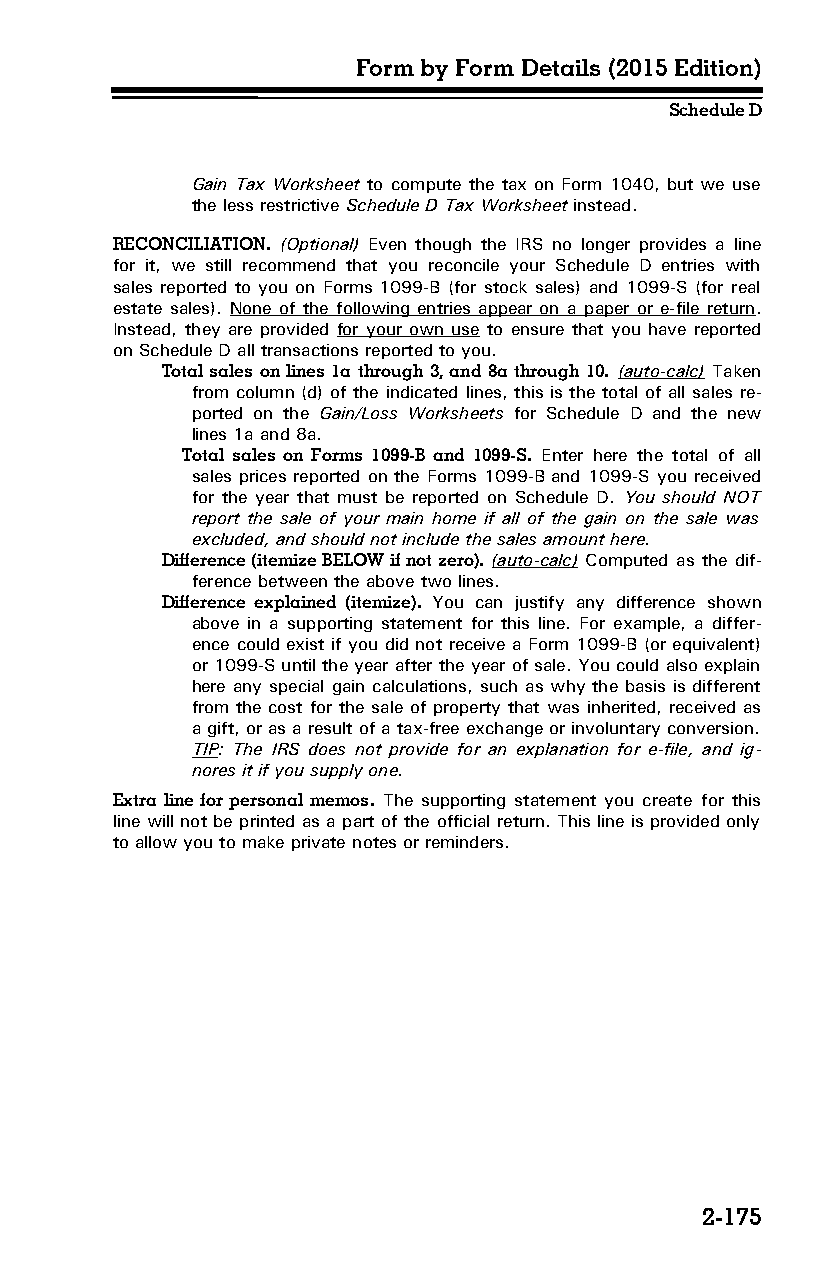
Form by Form Details (2015 Edition)
 Schedule D
 Gain Tax Worksheet to compute the tax on Form 1040, but we use
 the less restrictive Schedule D Tax Worksheet instead.
 RECONCILIATION. (Optional) Even though the IRS no longer provides a line
 for it, we still recommend that you reconcile your Schedule D entries with
 sales reported to you on Forms 1099-B (for stock sales) and 1099-S (for real
 estate sales). None of the following entries appear on a paper or e-file return.
 Instead, they are provided for your own use to ensure that you have reported
 on Schedule D all transactions reported to you.
 Total sales on lines 1a through 3, and 8a through 10. (auto-calc) Taken
 from column (d) of the indicated lines, this is the total of all sales re­
 ported on the Gain/Loss Worksheets for Schedule D and the new
 lines 1a and 8a.
 Total sales on Forms 1099-B and 1099-S. Enter here the total of all
 sales prices reported on the Forms 1099-B and 1099-S you received
 for the year that must be reported on Schedule D. You should NOT
 report the sale of your main home if all of the gain on the sale was
 excluded, and should not include the sales amount here.
 Difference (itemize BELOW if not zero). (auto-calc) Computed as the dif­
 ference between the above two lines.
 Difference explained (itemize). You can justify any difference shown
 above in a supporting statement for this line. For example, a differ­
 ence could exist if you did not receive a Form 1099-B (or equivalent)
 or 1099-S until the year after the year of sale. You could also explain
 here any special gain calculations, such as why the basis is different
 from the cost for the sale of property that was inherited, received as
 a gift, or as a result of a tax-free exchange or involuntary conversion.
 TIP: The IRS does not provide for an explanation for e-file, and ig­
 nores it if you supply one.
 Extra line for personal memos. The supporting statement you create for this
 line will not be printed as a part of the official return. This line is provided only
 to allow you to make private notes or reminders.
 2-175